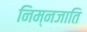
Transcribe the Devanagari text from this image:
निम्नजाति